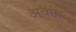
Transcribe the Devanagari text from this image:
अवऩि